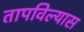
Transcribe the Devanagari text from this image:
तापविल्यास